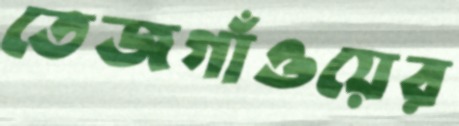
তেজগাঁওয়ের